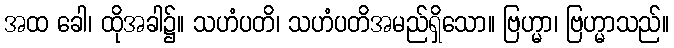
အထ ခေါ၊ ထိုအခါ၌။ သဟံပတိ၊ သဟံပတိအမည်ရှိသော။ ဗြဟ္မာ၊ ဗြဟ္မာသည်။